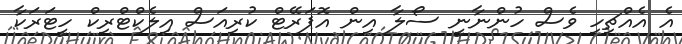
އެ އެއްޗިހި ވެސް ހުންނާނީ ސޯލާ އިން އޮޕަރޭޓް ކުރިއަސް އިލެކްޓްރިކް ހީޓަރަކާ